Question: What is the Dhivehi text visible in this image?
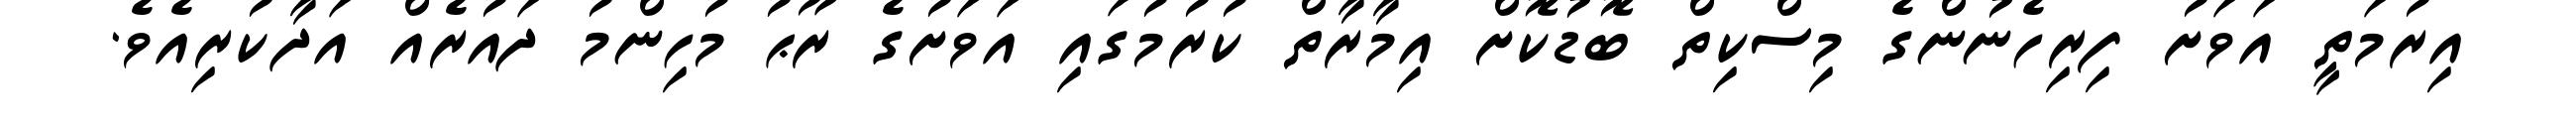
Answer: އިރުމަތީ އަވަށު ފިރިހެނުންގެ މިސްކިތް ބޮޑުކޮށް އިމާރާތް ކުރުމުގައި އަވަށުގެ ރޫޙު މުހިންމު ދައުރެއް އަދާކުރިއެވެ.